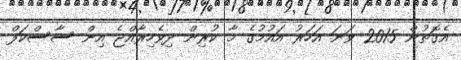
އެގޮތުން 2015 ވަނަ އަހަރު އައުމުގެ މާ ކުރިން ދިވެހިރާއްޖެ އިން ސާސްކަފް